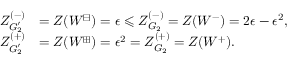
\begin{array} { r l } { Z _ { G _ { 2 } ^ { \prime } } ^ { ( - ) } } & { = Z ( W ^ { \boxminus } ) = \epsilon \leqslant Z _ { G _ { 2 } } ^ { ( - ) } = Z ( W ^ { - } ) = 2 \epsilon - \epsilon ^ { 2 } , } \\ { Z _ { G _ { 2 } ^ { \prime } } ^ { ( + ) } } & { = Z ( W ^ { \boxplus } ) = \epsilon ^ { 2 } = Z _ { G _ { 2 } } ^ { ( + ) } = Z ( W ^ { + } ) . } \end{array}